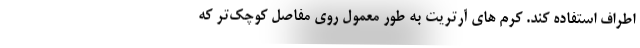
اطراف استفاده کند. کرم های آرتریت به طور معمول روی مفاصل کوچک‌تر که